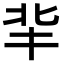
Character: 𠤖